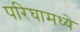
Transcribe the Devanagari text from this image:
परिघामध्ये